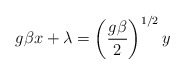
\begin{align*}g\beta x+\lambda =\left( {\frac{g\beta }2}\right) ^{1/2}y\end{align*}